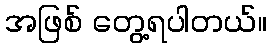
အဖြစ် တွေ့ရပါတယ်။